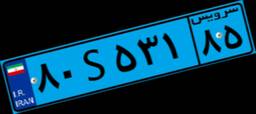
۸۰S۵۳۱۸۵